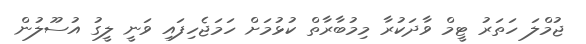
ޖުމްލަ ހަތަރު ޓީމް ވާދަކުރާ މިމުބާރާތް ކުޅުމަށް ހަމަޖެހިފައި ވަނީ ލީގު އުސޫލުން